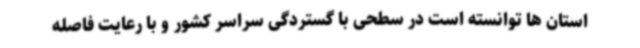
استان ها توانسته است در سطحی با گستردگی سراسر کشور و با رعایت فاصله